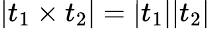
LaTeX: |t_{1}\times t_{2}|=|t_{1}||t_{2}|